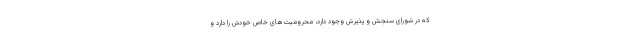
که در شورای سنجش و پذیرش وجود دارد، محرومیت‌های خاص خودش را دارد و